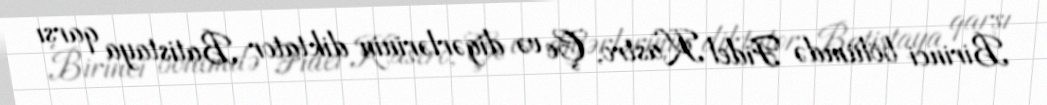
Birinci bölümdə Fidel Kastro, Çe və digərlərinin diktator Batistaya qarşı